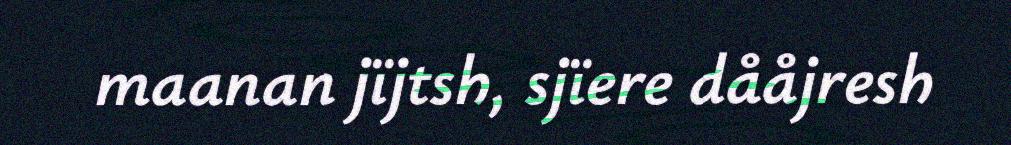
maanan jïjtsh, sjïere dååjresh